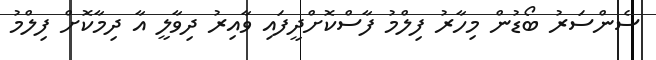
ސެންސަރު ބޯޑުން މިހާރު ފިލްމު ފާސްކޮށްދީފައި ވާއިރު ދިވާލީ އާ ދިމާކޮށް ފިލްމު